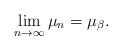
LaTeX: \begin{align*}\lim_{n\to \infty} \mu_n=\mu_\beta.\end{align*}